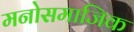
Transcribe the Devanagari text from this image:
मनोसमाजिक